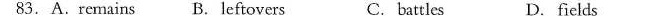
83.A.Remains B. Leftovers C. battles D.ficlds